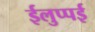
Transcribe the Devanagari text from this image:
ईलुप्पई